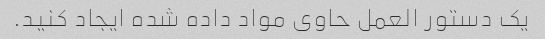
یک دستور العمل حاوی مواد داده شده ایجاد کنید.